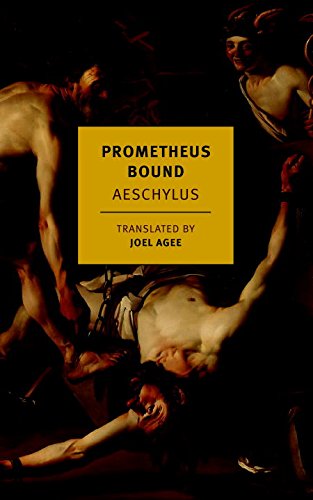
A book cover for Prometheus Bound (New York Review Books Classics); Aeschylus; Literature & Fiction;